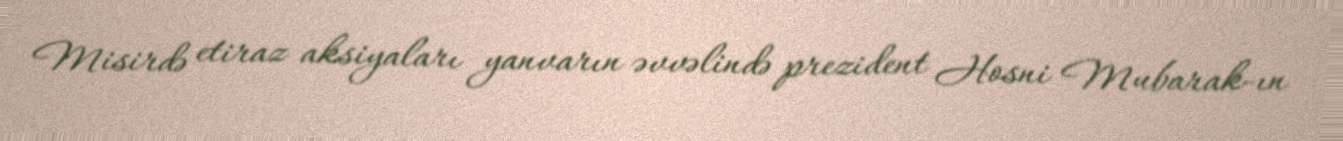
Misirdə etiraz aksiyaları yanvarın əvvəlində prezident Hosni Mubarak-ın